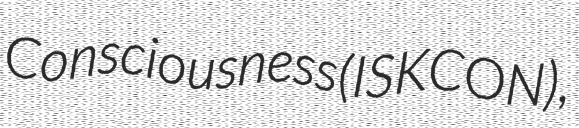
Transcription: Consciousness (ISKCON),